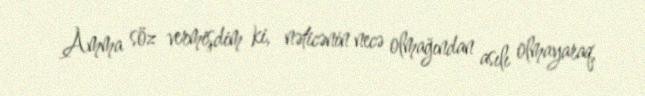
Amma söz vermişdim ki, nəticənin necə olmağından asılı olmayaraq,